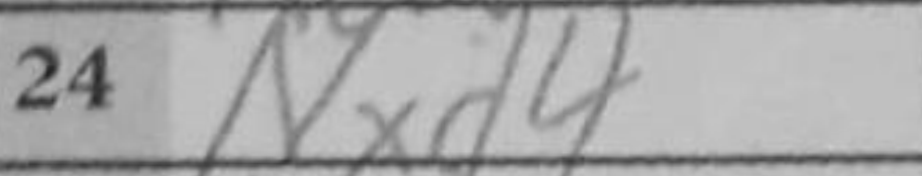
Transcription: Nxd4